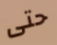
حتى